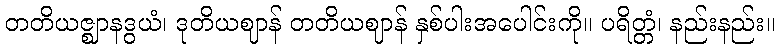
တတိယဇ္ဈာနဒွယံ၊ ဒုတိယဈာန် တတိယဈာန် နှစ်ပါးအပေါင်းကို။ ပရိတ္တံ၊ နည်းနည်း။